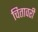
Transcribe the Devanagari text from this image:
चितावरी